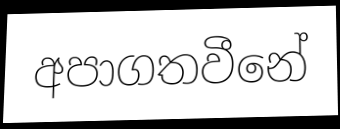
අපාගතවීනේ